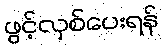
ဖွင့်လှစ်ပေးရန်